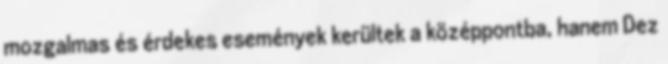
mozgalmas és érdekes események kerültek a középpontba, hanem Dez